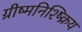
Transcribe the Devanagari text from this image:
ग्रीष्मनिश्ष्क्रिय